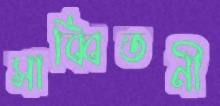
সাব্বিতনী